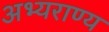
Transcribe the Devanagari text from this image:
अभ्‍यराण्‍य